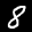
Label: 8